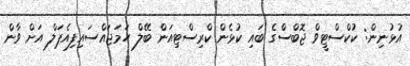
އުޅުނިން: ކުކްސްޓީވް ޖޮބްސްގެ ބައި ކުޅެން ކްރިސްޓިއަން ބޭލް ހަމަޖައްސައިފިއެޕަލް އަށް ވާން